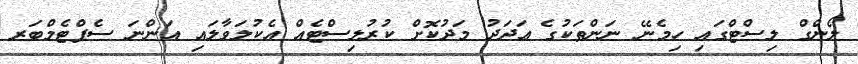
ލޯންގް ލިސްޓްގައި ހިމެނޭ ނަންތަކުގެ ޢަދަދު މަދުކޮށް ކުރުލިސްޓެއް އެކުލަވާލައި އަންނަ ސެޕްޓެމްބަރ